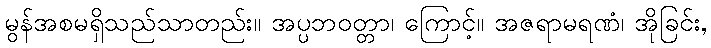
မွန်အစမရှိသည်သာတည်း။ အပ္ပဘဝတ္တာ၊ ကြောင့်။ အဇရာမရဏံ၊ အိုခြင်း,